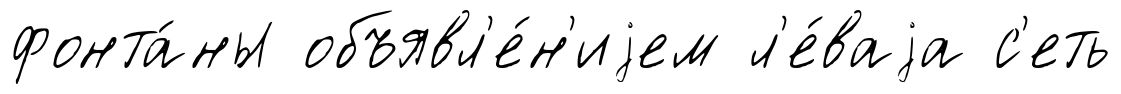
фонта́ны объявл'е́н'иjем л'е́ваjа с'еть